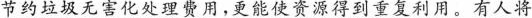
节约垃圾无害化处理费用，更能使资源得到重复利用。有人将